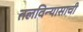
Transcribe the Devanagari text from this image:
तलविन्यासाची